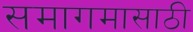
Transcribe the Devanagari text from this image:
समागमासाठी